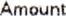
AMOUNT